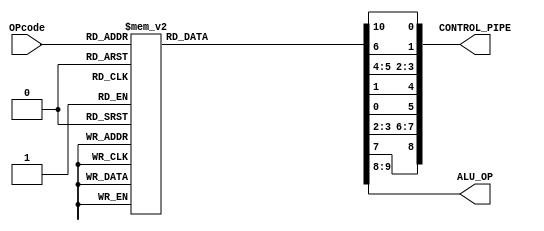
`define ALU_OP_SIZE   2 
`define OP_CODE_SIZE  4
`define PC_SIZE 16
`define INSTRUCTION_SIZE 16
`define INSTRUCTION_ROM_SIZE 32
`define REG_ADDR_BITS  3 
`define REG_SIZE 16
`define ALU_SRC_BITS 6 
`define DATA_MEMORY_SIZE 16
`define DATA_MEMORY_STACK_LENGTH 32
`define INTERNAL_OP_LINE_SIZE 6
`define ALU_CTRL_SIZE 3

module CONTROL_UNIT (
    input  [`OP_CODE_SIZE-1:0] OPcode,
    output reg [8:0] CONTROL_PIPE,
    output reg [`ALU_OP_SIZE-1:0] ALU_OP 
);                

    always @(*) begin
      /*  CONTROL_PIPE[8:0]<={
                            bne,
                            write_enable,
                            mem_to_reg,
                            reg_dst,
                            alu_src,
                            dat_mem_write_en,
                            dat_mem_read_en,
                            beq,
                            jump
                        }; */
        case(OPcode) 
            4'b0000:  // LW
            begin
                CONTROL_PIPE[5] = 1'b0;
                CONTROL_PIPE[4] = 1'b1;
                CONTROL_PIPE[6] = 1'b1;
                CONTROL_PIPE[7] = 1'b1;
                CONTROL_PIPE[2] = 1'b1;
                CONTROL_PIPE[3] = 1'b0;
                CONTROL_PIPE[1] = 1'b0;
                CONTROL_PIPE[8] = 1'b0;
                ALU_OP = 2'b10;
                CONTROL_PIPE[0] = 1'b0;   
            end
            4'b0001:  // SW
            begin
                CONTROL_PIPE[5] = 1'b0;
                CONTROL_PIPE[4] = 1'b1;
                CONTROL_PIPE[6] = 1'b0;
                CONTROL_PIPE[7] = 1'b0;
                CONTROL_PIPE[2] = 1'b0;
                CONTROL_PIPE[3] = 1'b1;
                CONTROL_PIPE[1] = 1'b0;
                CONTROL_PIPE[8] = 1'b0;
                ALU_OP = 2'b10;
                CONTROL_PIPE[0] = 1'b0;   
            end
            4'b0010:  // data_processing
            begin
                CONTROL_PIPE[5] = 1'b1;
                CONTROL_PIPE[4] = 1'b0;
                CONTROL_PIPE[6] = 1'b0;
                CONTROL_PIPE[7] = 1'b1;
                CONTROL_PIPE[2] = 1'b0;
                CONTROL_PIPE[3] = 1'b0;
                CONTROL_PIPE[1] = 1'b0;
                CONTROL_PIPE[8] = 1'b0;
                ALU_OP = 2'b00;
                CONTROL_PIPE[0] = 1'b0;   
            end
            4'b0011:  // data_processing
            begin
                CONTROL_PIPE[5] = 1'b1;
                CONTROL_PIPE[4] = 1'b0;
                CONTROL_PIPE[6] = 1'b0;
                CONTROL_PIPE[7] = 1'b1;
                CONTROL_PIPE[2] = 1'b0;
                CONTROL_PIPE[3] = 1'b0;
                CONTROL_PIPE[1] = 1'b0;
                CONTROL_PIPE[8] = 1'b0;
                ALU_OP = 2'b00;
                CONTROL_PIPE[0] = 1'b0;   
            end
            4'b0100:  // data_processing
            begin
                CONTROL_PIPE[5] = 1'b1;
                CONTROL_PIPE[4] = 1'b0;
                CONTROL_PIPE[6] = 1'b0;
                CONTROL_PIPE[7] = 1'b1;
                CONTROL_PIPE[2] = 1'b0;
                CONTROL_PIPE[3] = 1'b0;
                CONTROL_PIPE[1] = 1'b0;
                CONTROL_PIPE[8] = 1'b0;
                ALU_OP = 2'b00;
                CONTROL_PIPE[0] = 1'b0;   
            end
            4'b0101:  // data_processing
            begin
                CONTROL_PIPE[5] = 1'b1;
                CONTROL_PIPE[4] = 1'b0;
                CONTROL_PIPE[6] = 1'b0;
                CONTROL_PIPE[7] = 1'b1;
                CONTROL_PIPE[2] = 1'b0;
                CONTROL_PIPE[3] = 1'b0;
                CONTROL_PIPE[1] = 1'b0;
                CONTROL_PIPE[8] = 1'b0;
                ALU_OP = 2'b00;
                CONTROL_PIPE[0] = 1'b0;   
            end
            4'b0110:  // data_processing
            begin
                CONTROL_PIPE[5] = 1'b1;
                CONTROL_PIPE[4] = 1'b0;
                CONTROL_PIPE[6] = 1'b0;
                CONTROL_PIPE[7] = 1'b1;
                CONTROL_PIPE[2] = 1'b0;
                CONTROL_PIPE[3] = 1'b0;
                CONTROL_PIPE[1] = 1'b0;
                CONTROL_PIPE[8] = 1'b0;
                ALU_OP = 2'b00;
                CONTROL_PIPE[0] = 1'b0;   
            end
            4'b0111:  // data_processing
            begin
                CONTROL_PIPE[5] = 1'b1;
                CONTROL_PIPE[4] = 1'b0;
                CONTROL_PIPE[6] = 1'b0;
                CONTROL_PIPE[7] = 1'b1;
                CONTROL_PIPE[2] = 1'b0;
                CONTROL_PIPE[3] = 1'b0;
                CONTROL_PIPE[1] = 1'b0;
                CONTROL_PIPE[8] = 1'b0;
                ALU_OP = 2'b00;
                CONTROL_PIPE[0] = 1'b0;   
            end
            4'b1000:  // data_processing
            begin
                CONTROL_PIPE[5] = 1'b1;
                CONTROL_PIPE[4] = 1'b0;
                CONTROL_PIPE[6] = 1'b0;
                CONTROL_PIPE[7] = 1'b1;
                CONTROL_PIPE[2] = 1'b0;
                CONTROL_PIPE[3] = 1'b0;
                CONTROL_PIPE[1] = 1'b0;
                CONTROL_PIPE[8] = 1'b0;
                ALU_OP = 2'b00;
                CONTROL_PIPE[0] = 1'b0;   
            end
            4'b1001:  // data_processing
            begin
                CONTROL_PIPE[5] = 1'b1;
                CONTROL_PIPE[4] = 1'b0;
                CONTROL_PIPE[6] = 1'b0;
                CONTROL_PIPE[7] = 1'b1;
                CONTROL_PIPE[2] = 1'b0;
                CONTROL_PIPE[3] = 1'b0;
                CONTROL_PIPE[1] = 1'b0;
                CONTROL_PIPE[8] = 1'b0;
                ALU_OP = 2'b00;
                CONTROL_PIPE[0] = 1'b0;   
            end
            4'b1011:  // BEQ
            begin
                CONTROL_PIPE[5] = 1'b0;
                CONTROL_PIPE[4] = 1'b0;
                CONTROL_PIPE[6] = 1'b0;
                CONTROL_PIPE[7] = 1'b0;
                CONTROL_PIPE[2] = 1'b0;
                CONTROL_PIPE[3] = 1'b0;
                CONTROL_PIPE[1] = 1'b1;
                CONTROL_PIPE[8] = 1'b0;
                ALU_OP = 2'b01;
                CONTROL_PIPE[0] = 1'b0;   
            end
            4'b1100:  // CONTROL_PIPE[8]
            begin
                CONTROL_PIPE[5] = 1'b0;
                CONTROL_PIPE[4] = 1'b0;
                CONTROL_PIPE[6] = 1'b0;
                CONTROL_PIPE[7] = 1'b0;
                CONTROL_PIPE[2] = 1'b0;
                CONTROL_PIPE[3] = 1'b0;
                CONTROL_PIPE[1] = 1'b0;
                CONTROL_PIPE[8] = 1'b1;
                ALU_OP = 2'b01;
                CONTROL_PIPE[0] = 1'b0;   
            end
            4'b1101:  // J
            begin
                CONTROL_PIPE[5] = 1'b0;
                CONTROL_PIPE[4] = 1'b0;
                CONTROL_PIPE[6] = 1'b0;
                CONTROL_PIPE[7] = 1'b0;
                CONTROL_PIPE[2] = 1'b0;
                CONTROL_PIPE[3] = 1'b0;
                CONTROL_PIPE[1] = 1'b0;
                CONTROL_PIPE[8] = 1'b0;
                ALU_OP = 2'b00;
                CONTROL_PIPE[0] = 1'b1;   
            end   
            default: begin
                CONTROL_PIPE[5] = 1'b1;
                CONTROL_PIPE[4] = 1'b0;
                CONTROL_PIPE[6] = 1'b0;
                CONTROL_PIPE[7] = 1'b1;
                CONTROL_PIPE[2] = 1'b0;
                CONTROL_PIPE[3] = 1'b0;
                CONTROL_PIPE[1] = 1'b0;
                CONTROL_PIPE[8] = 1'b0;
                ALU_OP = 2'b00;
                CONTROL_PIPE[0] = 1'b0; 
            end
        endcase
    end
    
endmodule